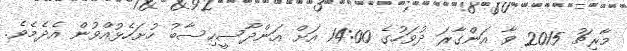
މާރިޗު 2015 ވާ އަންގާރަ ދުވަހުގެ 14:00 އަށް އަންދާސީހިސާބު ހުށަހެޅުއްވުން އެދެމެވެ.